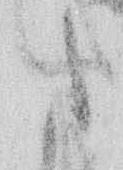
た